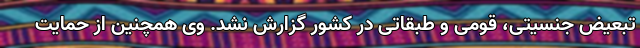
تبعیض جنسیتی، قومی و طبقاتی در کشور گزارش نشد. وی همچنین از حمایت